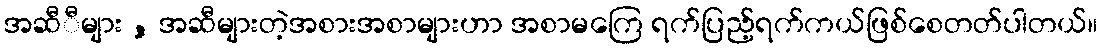
အဆီီများ , အဆီများတဲ့အစားအစာများဟာ အစာမကြေ ရက်ပြည့်ရက်ကယ်ဖြစ်စေတတ်ပါတယ်။